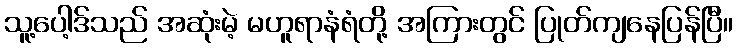
သူ့ပေါ့ဒ်သည် အဆုံးမဲ့ မဟူရာနံရံတို့ အကြားတွင် ပြုတ်ကျနေပြန်ပြီ။